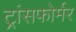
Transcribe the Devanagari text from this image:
ट्रांसफोर्मर